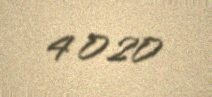
4 020